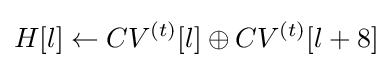
H[l]\leftarrow CV^{(t)}[l]\oplus CV^{(t)}[l+8]